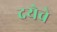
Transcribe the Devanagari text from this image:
दयेचे